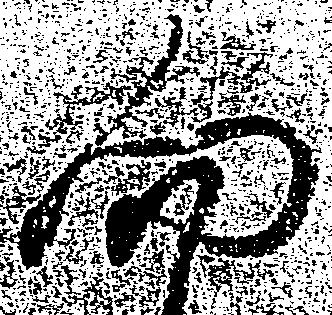
向